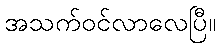
အသက်ဝင်လာလေပြီ။